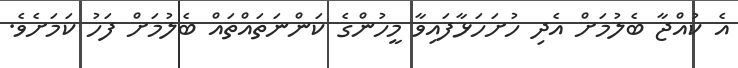
އެ ކުއްޖާ ބެލުމަށް އެދި ހުށަހަޅާފައިވާ މީހުންގެ ކަންނަތައްތައް ބެލުމަށް ފަހު ކަމަށެވެ.